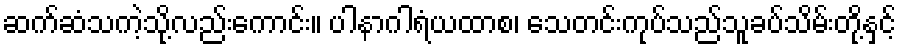
ဆက်ဆံသကဲ့သို့လည်းကောင်း။ ပါနာဂါရံယထာစ၊ သေတင်းကုပ်သည်သူခပ်သိမ်းတို့နှင့်